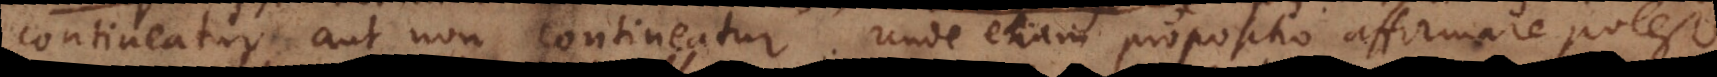
contineatur aut non contineatur. Unde etiam propositio affirmare potest